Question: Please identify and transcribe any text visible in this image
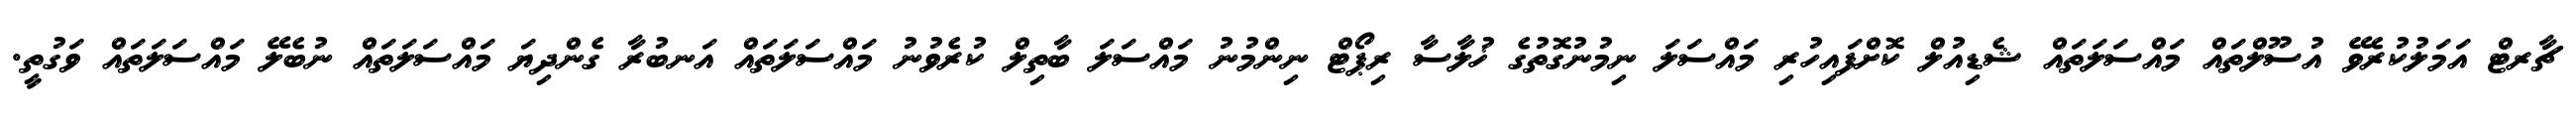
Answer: ޗާރޓް އަމަލުކުރެވޭ އުސޫލްތައް މައްސަލަތައް ޝެޑިއުލް ކޮށްފައިހުރި މައްސަލަ ނިމުނުގޮތުގެ ޚުލާސާ ރިޕޯޓް ނިންމުނު މައްސަލަ ބާތިލް ކުރެވުނު މައްސަލަތައް އަނބުރާ ގެންދިޔަ މައްސަލަތައް ނުބެލޭ މައްސަލަތައް ވަގުތީ.